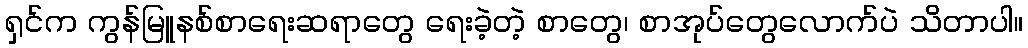
ရှင်က ကွန်မြူနစ်စာရေးဆရာတွေ ရေးခဲ့တဲ့ စာတွေ၊ စာအုပ်တွေလောက်ပဲ သိတာပါ။